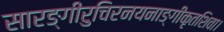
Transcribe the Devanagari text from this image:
सारङ्गीरुचिरनयनाङ्गीकृतशिवा।